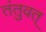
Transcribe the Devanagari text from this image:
तंतुवत्